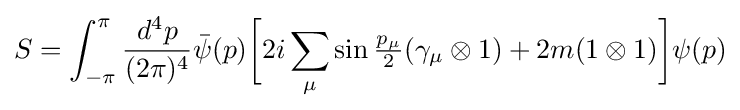
S=\int _{-\pi }^{\pi }{\frac {d^{4}p}{(2\pi )^{4}}}{\bar {\psi }}(p){\bigg [}2i\sum _{\mu }\sin {\tfrac {p_{\mu }}{2}}(\gamma _{\mu }\otimes 1)+2m(1\otimes 1){\bigg ]}\psi (p)